Vaccination Hyderabad 1890-1903 - 1890-1903
Year: 1890
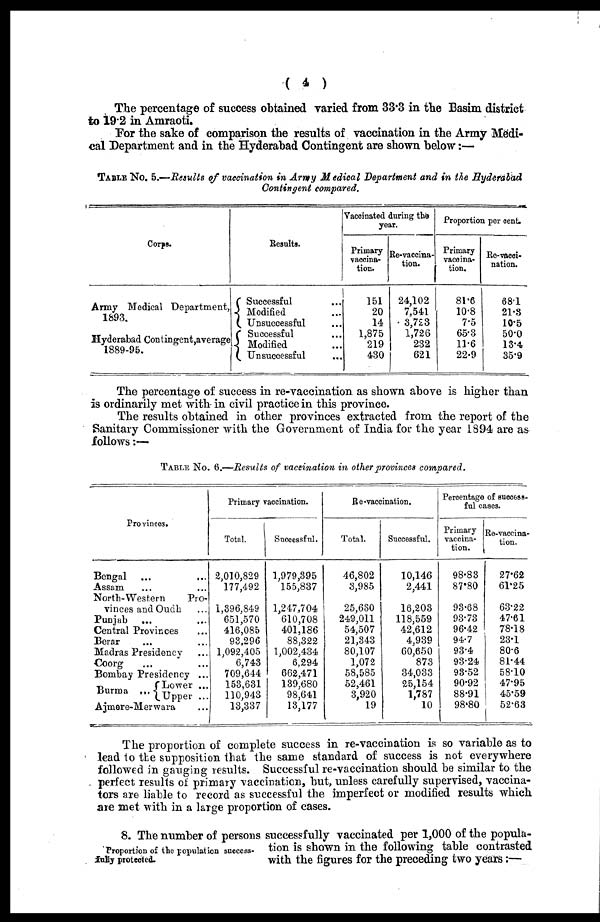
( 4 )
The percentage of success obtained varied from 33.3 in the Basim district
to 19.2 in Amraoti.
For the sake of comparison the results of vaccination in the Army Medi-
cal Department and in the Hyderabad Contingent are shown below:—
TABLE No. 5.—Results of vaccination in Army Medical Department and in the Hyderabad
Contingent compared.
Corps.
Army Medical Department,
1893.
Hyderabad Contingent,average
1889-95.
Results.
Successful ...
Modified ...
Unsuccessful ...
Successful ...
Modified ...
Unsuccessful ...
Vaccinated during the
year.
Primary
vaccina-
tion.
151
20
14
1,875
219
430
Re-vaccina-
tion.
24,102
7,541
3,723
1,726
232
621
Proportion per cent.
Primary
vaccina-
tion.
81.6
10.8
7.5
65.3
11.6
22.9
Re-vacci¬
nation.
68.1
21.3
10.5
50.0
13.4
35.9
The percentage of success in re-vaccination as shown above is higher than
is ordinarily met with- in civil practice in this province.
The results obtained in other provinces extracted from the report of the
Sanitary Commissioner with the Government of India for the year 1894 are as
follows:—
TABLE No. 6.—Results of vaccination in other provinces compared.
Provinces.
Bengal ...
...
Assam ... ...
North-Western
Pro-
vinces and Oudh ...
Punjab
... ...
Central Provinces ...
Berar ... ...
Madras Presidency ...
Coorg
... ...
Bombay Presidency ...
Burma ...
Lower ...
Upper ...
Ajmere-Merwara ...
Primary vaccination.
Total.
2,010,829
177,492
1,396,849
651,570
416,085
93,296
1,092,405
6,743
709,644
153,631
110,943
13,337
Successful.
1,979,395
155,837
1,247,704
610,708
401,186
88,322
1,002,434
6,294
662,471
139,680
98,641
13,177
Re-vaccination.
Total.
46,802
3,985
25,630
249,011
54,507
21,343
80,107
1,072
58,585
52,461
3,920
19
Successful.
10,146
2,441
16,203
118,559
42,612
4,939
60,650
873
34,033
25,154
1,787
10
Percentage of success¬
ful cases.
Primary
vaccina-
tion.
98.83
87.80
93.68
93.73
96.42
94.7
93.4
93.24
93.52
90.92
88.91
98.80
Re-vaccina¬
tion.
27.62
61.25
63.22
47.61
78.18
23.1
80.6
81.44
58.10
47.95
45.59
52.63
The proportion of complete success in re-vaccination is so variable as to
lead to the supposition that the same standard of success is not everywhere
followed in gauging results. Successful re-vaccination should be similar to the
perfect results of primary vaccination, but, unless carefully supervised, vaccina¬
tors are liable to record as successful the imperfect or modified results which
are met with in a large proportion of cases.
Proportion of the population success-
fully protected.
8. The number of persons successfully vaccinated per 1,000 of the popula-
tion is shown in the following table contrasted
with the figures for the preceding two years:—